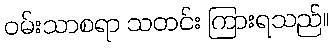
ဝမ်းသာစရာ သတင်း ကြားရသည်။